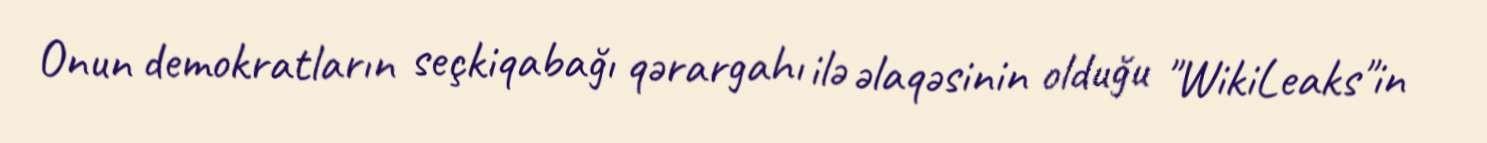
Onun demokratların seçkiqabağı qərargahı ilə əlaqəsinin olduğu "WikiLeaks"in